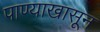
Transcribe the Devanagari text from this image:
पाण्याखासून